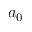
a _ { 0 }